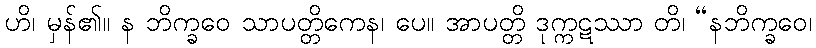
ဟိ၊ မှန်၏။ န ဘိက္ခဝေ သာပတ္တိကေန၊ ပေ။ အာပတ္တိ ဒုက္ကဋဿာ တိ၊ “နဘိက္ခဝေ၊